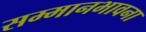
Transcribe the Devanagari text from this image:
सम्मानभावना